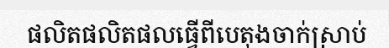
ផលិតផលិតផលធ្វើពីបេតុងចាក់ស្រាប់